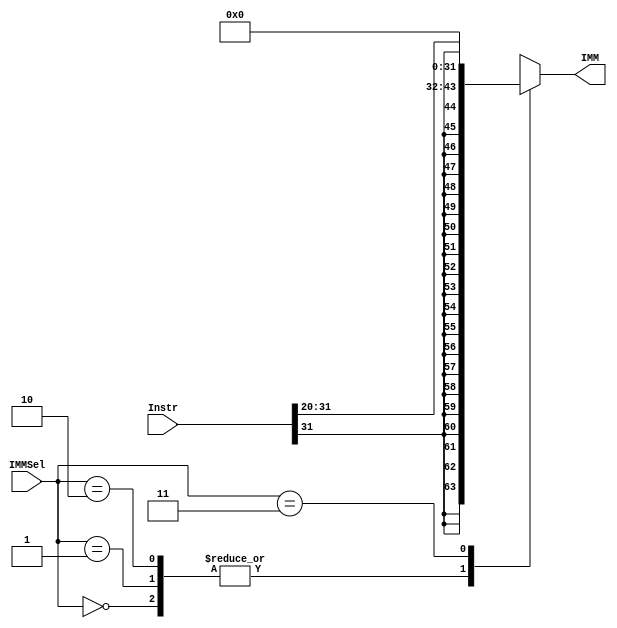
module IMMGen(IMM, Instr, IMMSel);

input [31:0] Instr;
input [1:0] IMMSel;

output reg [31:0] IMM;

reg [31:0] IMMI, IMMS, IMMB;

always
begin

	IMMI[11:0] <= Instr[31:20];
	IMMI[31:12] <= {20{Instr[31]}};
	IMMS[11:0] <= {Instr[11:5],Instr[4:0]};
	IMMS[31:12] <= {20{Instr[11]}};
	IMMB[0] <= 1'b0;
	IMMB[11:1] <= {Instr[7], Instr[30:25], Instr[11:8]};
	IMMB[31:12] <= {20{Instr[7]}};
	
	
	case(IMMSel)
	2'b00: IMM <= IMMI;
	2'b01: IMM <= IMMI;
	2'b10: IMM <= IMMI;
	2'b11: IMM <= 32'b0;
	endcase
	
end

endmodule